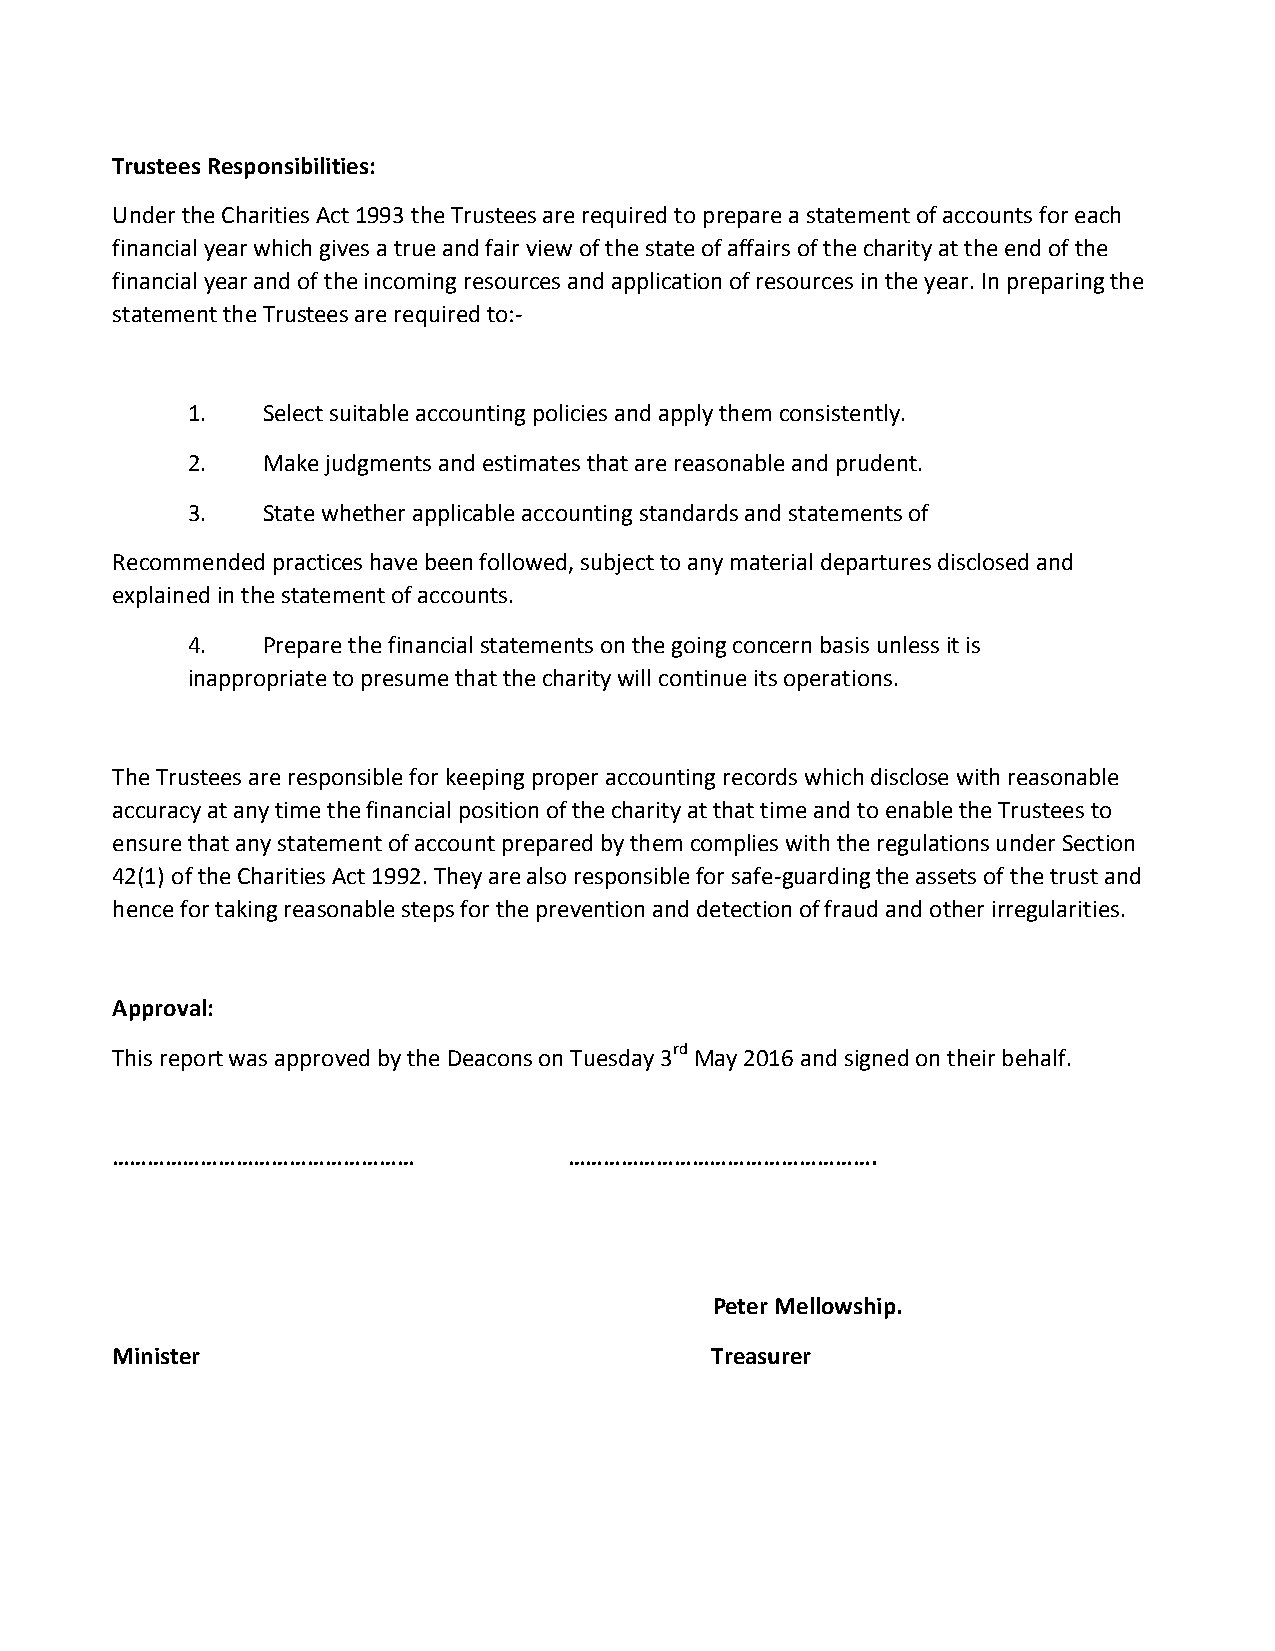
Trustees Responsibilities:
 Under the Charities Act 1993 the Trustees are required to prepare a statement of accounts for each
 financial year which gives a true and fair view of the state of affairs of the charity at the end of the
 financial year and of the incoming resources and application of resources in the year. In preparing the
 statement the Trustees are required to:-
 1.   Select suitable accounting policies and apply them consistently.
 2.   Make judgments and estimates that are reasonable and prudent.
 3.   State whether applicable accounting standards and statements of
 Recommended practices have been followed, subject to any material departures disclosed and
 explained in the statement of accounts.
 4.   Prepare the financial statements on the going concern basis unless it is
 inappropriate to presume that the charity will continue its operations.
 The Trustees are responsible for keeping proper accounting records which disclose with reasonable
 accuracy at any time the financial position of the charity at that time and to enable the Trustees to
 ensure that any statement of account prepared by them complies with the regulations under Section
 42(1) of the Charities Act 1992. They are also responsible for safe-guarding the assets of the trust and
 hence for taking reasonable steps for the prevention and detection of fraud and other irregularities.
 Approval:
 This report was approved by the Deacons on Tuesday 3rd May 2016 and signed on their behalf.
 ……………………………………………              …………………………………………….
 Peter Mellowship.
 Minister                                Treasurer